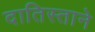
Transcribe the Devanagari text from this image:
दातिस्ताने